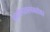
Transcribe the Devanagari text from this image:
खगोलशास्त्रांबरोबर